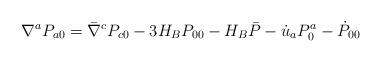
LaTeX: \begin{align*}\nabla^a P_{a0}=\bar \nabla^c P_{c0}-3H_B P_{00} -H_{B}\bar P-\dot u_a P^a_0 -\dot P_{00}\end{align*}